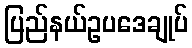
ပြည်နယ်ဥပဒေချုပ်